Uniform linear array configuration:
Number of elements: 4
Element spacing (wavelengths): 1
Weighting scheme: binomial
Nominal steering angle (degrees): -60
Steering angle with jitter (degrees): -58.939
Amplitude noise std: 0.05
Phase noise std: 0.05

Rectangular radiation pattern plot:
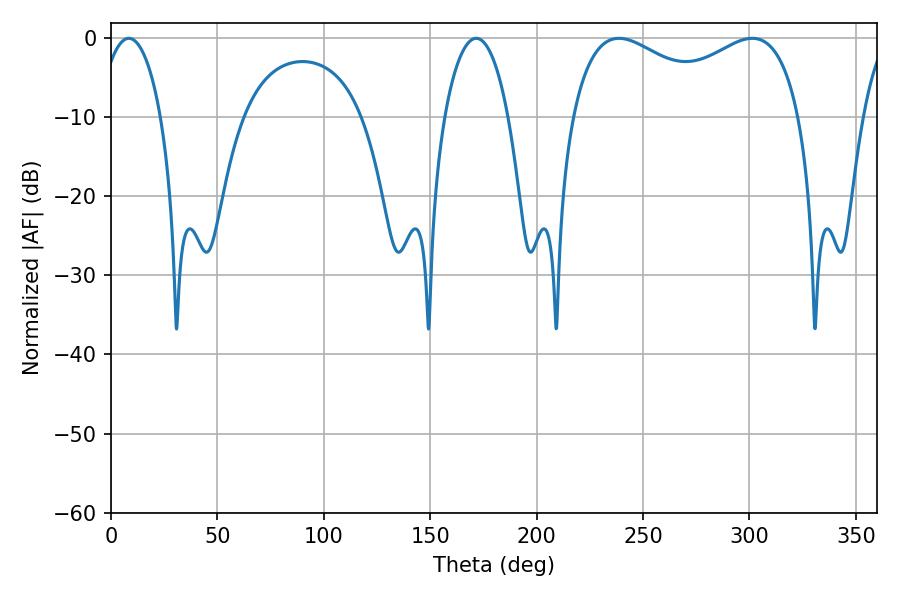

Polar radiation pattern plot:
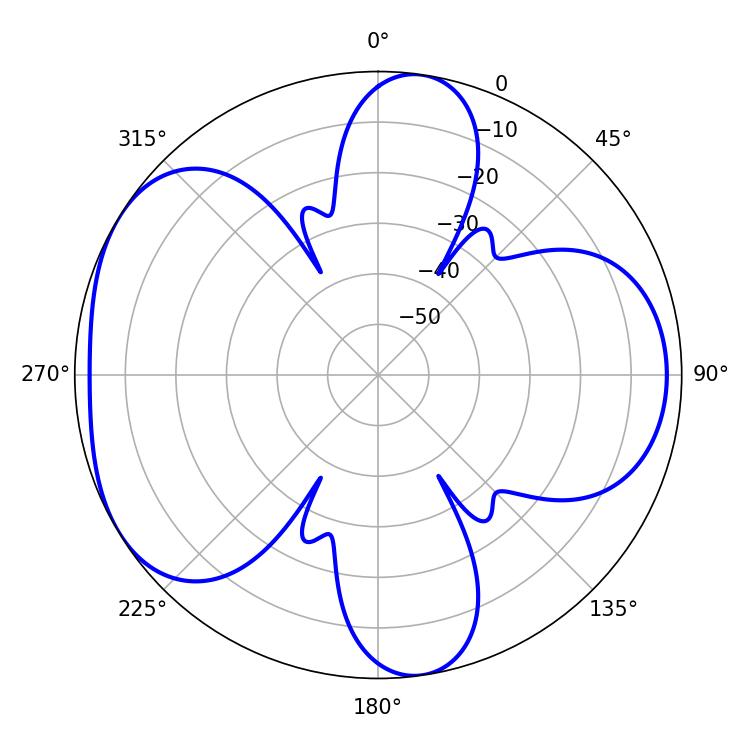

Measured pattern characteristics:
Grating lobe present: TRUE
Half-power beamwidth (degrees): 89.28
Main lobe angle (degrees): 238.68